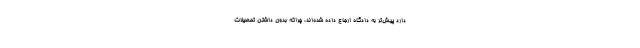
دارد پیش‌تر به دادگاه ارجاع داده شده‌اند، چراکه بدون داشتن تحصیلات